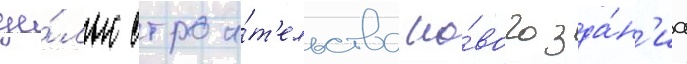
це́лью строи́т'ельства но́вого зда́н'иа